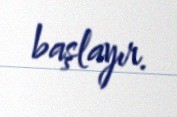
başlayır.